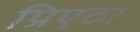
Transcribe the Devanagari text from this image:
प्रिएटा